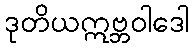
ဒုတိယဣဗ္ဘဝါဒေါ